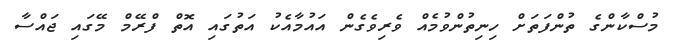
މުސްކާންގެ ތުންފަތަށް ހިނިތުންވުމެއް ވެރިވެގެން އައުމާއެކު އަތުގައި އޮތް ފްރޭމް މޭގައި ޖައްސާ